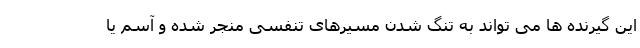
این گیرنده ها می تواند به تنگ شدن مسیرهای تنفسی منجر شده و آسم یا